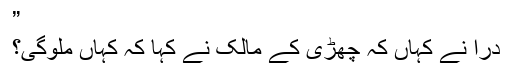
”
دراؔ نے کہاں کہ چھڑی کے مالک نے کہا کہ کہاں ملوگی؟